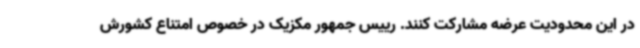
در این محدودیت عرضه مشارکت کنند. رییس جمهور مکزیک در خصوص امتناع کشورش